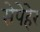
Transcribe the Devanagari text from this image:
सेपेहेर